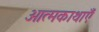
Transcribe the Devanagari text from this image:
आत्मकाथाएँ